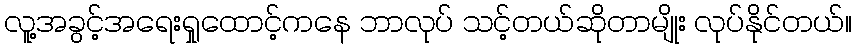
လူ့အခွင့်အရေးရှုထောင့်ကနေ ဘာလုပ် သင့်တယ်ဆိုတာမျိုး လုပ်နိုင်တယ်။